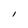
Character: l